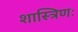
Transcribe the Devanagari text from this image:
शास्त्रिणः